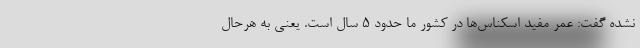
نشده گفت: عمر مفید اسکناس‌ها در کشور ما حدود 5 سال است. یعنی به هرحال